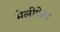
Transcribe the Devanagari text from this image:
मेलीफ़ेरा